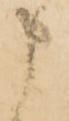
申